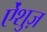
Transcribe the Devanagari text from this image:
ऐंशुज़